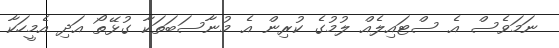
ނަމަވެސް އެ ސްޓައިލެއް ލުމުގެ ކުރިން އެ މުނާސަބަތަކާ ގުޅޭތޯ އަދި އެމީހަކާ